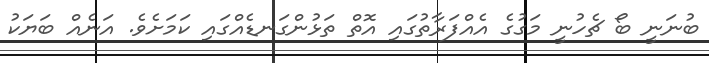
ބުނަނީ ބޯ ޗެހުނީ މަގުގެ އެއްފަރާތުގައި އޮތް ތަޅުންގަނޑެއްގައި ކަމަށެވެ. އަނެއް ބަޔަކު